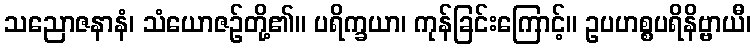
သညောဇနာနံ၊ သံယောဇဉ်တို့၏။ ပရိက္ခယာ၊ ကုန်ခြင်းကြောင့်။ ဥပဟစ္စပရိနိဗ္ဗာယီ၊